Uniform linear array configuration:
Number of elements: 4
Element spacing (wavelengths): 0.5
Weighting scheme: uniform
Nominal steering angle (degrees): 45
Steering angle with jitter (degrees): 45.118
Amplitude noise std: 0.05
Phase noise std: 0.05

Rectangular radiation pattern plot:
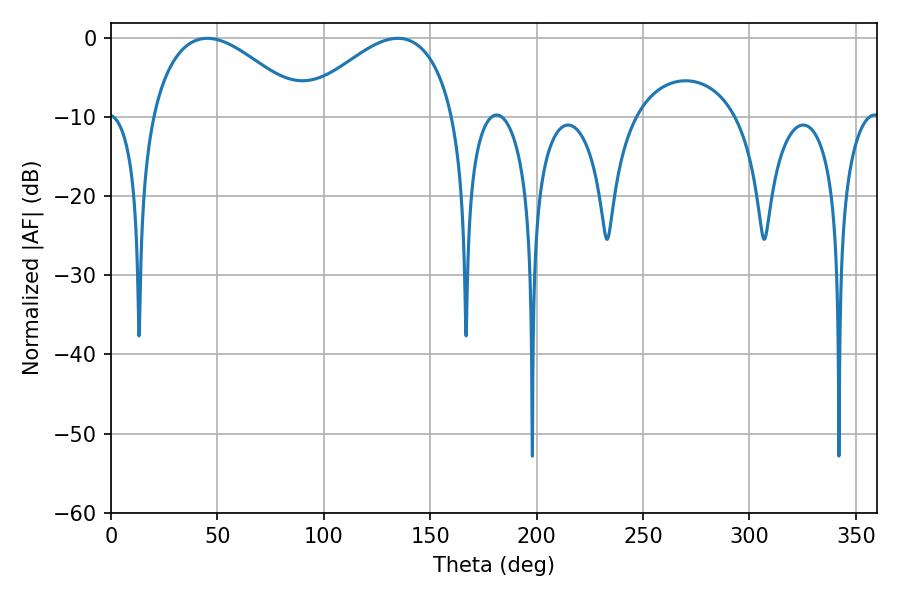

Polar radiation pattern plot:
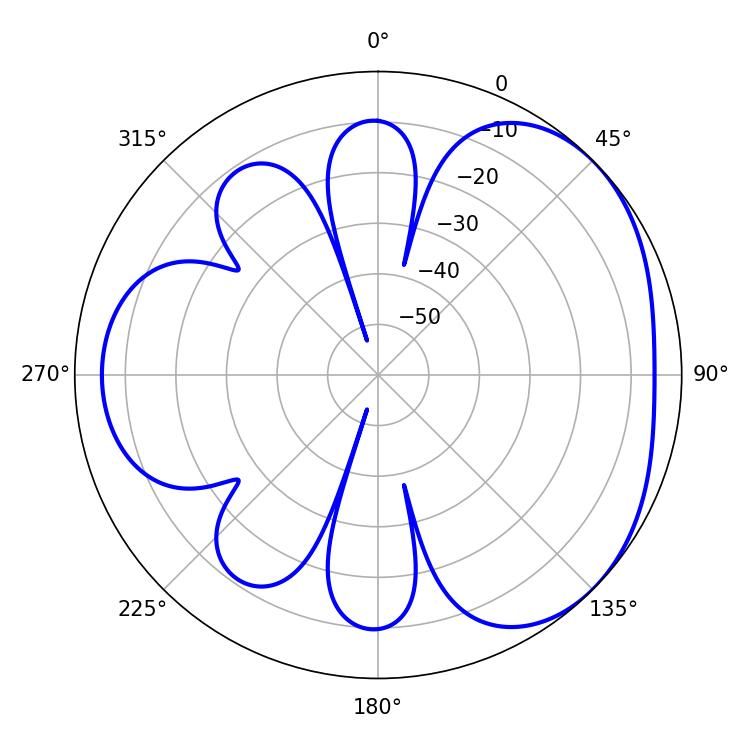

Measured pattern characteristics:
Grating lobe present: FALSE
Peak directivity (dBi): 3.481
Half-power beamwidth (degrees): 39.78
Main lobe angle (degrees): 45.18